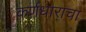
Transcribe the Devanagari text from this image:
कर्णधाराचा